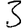
Digit: 3